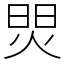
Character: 焸